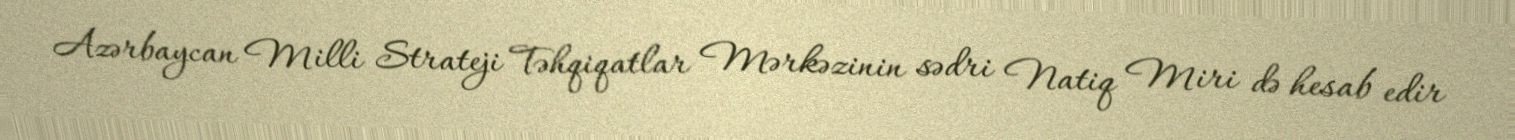
Azərbaycan Milli Strateji Təhqiqatlar Mərkəzinin sədri Natiq Miri də hesab edir